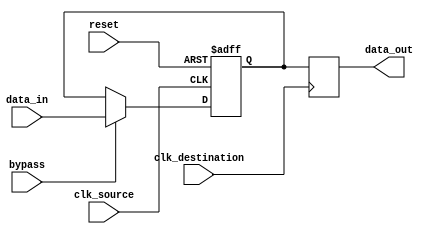
module cascade_bypass_register (
    input wire clk_source,
    input wire clk_destination,
    input wire reset,
    input wire bypass,
    input wire [7:0] data_in,
    output reg [7:0] data_out
);

reg [7:0] internal_data;

always @(posedge clk_source or posedge reset) begin
    if (reset) begin
        internal_data <= 8'b0;
    end else begin
        if (bypass) begin
            internal_data <= data_in;
        end else begin
            internal_data <= internal_data;
        end
    end
end

always @(posedge clk_destination) begin
    data_out <= internal_data;
end

endmodule